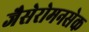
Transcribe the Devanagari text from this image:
जैसेरोमनसेक